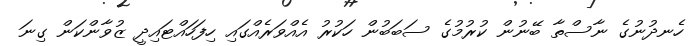
ހެނދުނުގެ ނާސްތާ ބޭނުން ކުރުމުގެ ސަބަބުން ހަކުރު އެއްވަރެއްގައި ހިފަހައްޓައިދީ ޒުވާންކަން ގިނަ